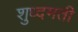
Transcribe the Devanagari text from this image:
शुध्दमती